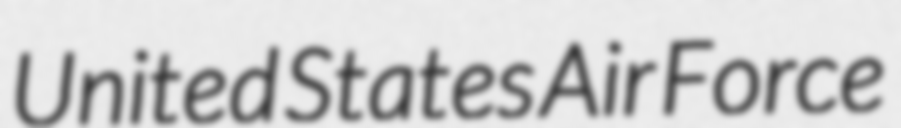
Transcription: United States Air Force